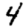
Digit: 4